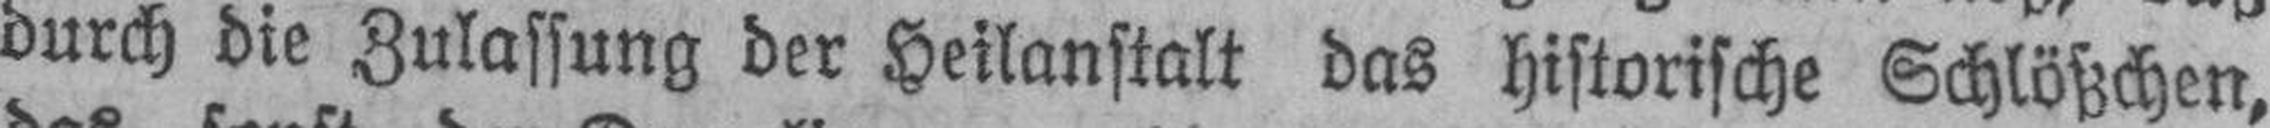
durch die Zulassung der Heilanstalt das historische Schlößchen,